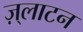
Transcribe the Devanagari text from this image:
ज़्लाटन